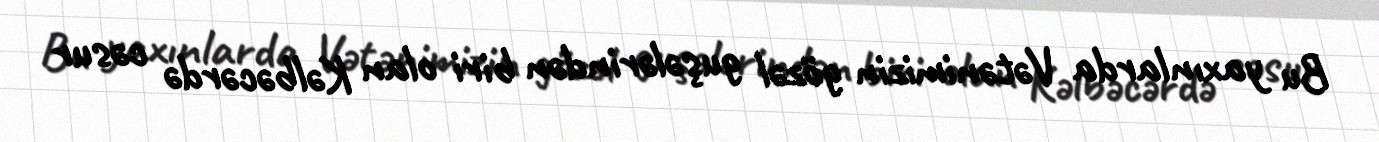
Bu yaxınlarda Vətənimizin gözəl guşələrindən biri olan Kəlbəcərdə cəsur